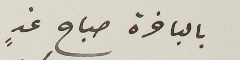
بالباخرة صباح غدٍ